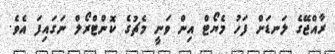
ރާއްޖޭގެ ލަނޑަށް ފަހު މެޔޯޓް އިން ވަނީ މެޗުގެ ކޮންޓްރޯލް ނަގައިފަ އެވެ.